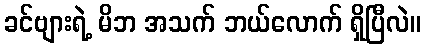
ခင်ဗျားရဲ့ မိဘ အသက် ဘယ်လောက် ရှိပြီလဲ။